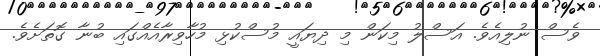
ވެސް ނުލިއެވެ. އަސްލު މިކަން މި ދިޔައީ މުސްކުޅި މުހާވިރާއެއްގައި ބުނާ ގޮތަށެވެ.